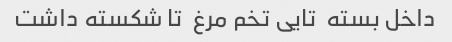
داخل بسته  تایی تخم مرغ  تا شکسته داشت